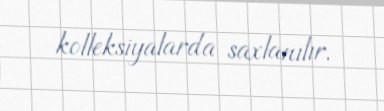
kolleksiyalarda saxlanılır.